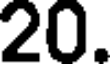
20.